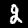
Label: 2